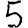
Digit: 5